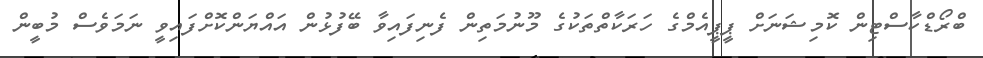
ބްރޯޑްކާސްޓިން ކޮމިޝަނަށް ޕީޕީއެމްގެ ހަރަކާތްތަކުގެ މޫނުމަތިން ފެނިފައިވާ ބޭފުޅުން އައްޔަންކޮށްފައިވީ ނަމަވެސް މުބީން